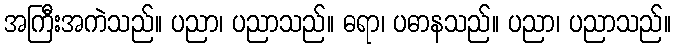
အကြီးအကဲသည်။ ပညာ၊ ပညာသည်။ ဓရာ၊ ပဓာနသည်။ ပညာ၊ ပညာသည်။